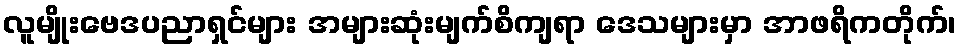
လူမျိုးဗေဒပညာရှင်များ အများဆုံးမျက်စိကျရာ ဒေသများမှာ အာဖရိကတိုက်၊